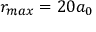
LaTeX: r _ { m a x } = 2 0 a _ { 0 }